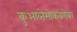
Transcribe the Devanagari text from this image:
कुआव्तेमोकबरोबर